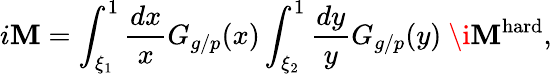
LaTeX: i{\cal\mathbf{M}}=\int_{\xi_{1}}^{1}\frac{{dx}}{{x}}G_{g/p}(x)\int_{\xi_{2}}^{1}\frac{{dy}}{{y}}G_{g/p}(y)\ \i{\cal\mathbf{M}}^{\mathrm{{hard}}},